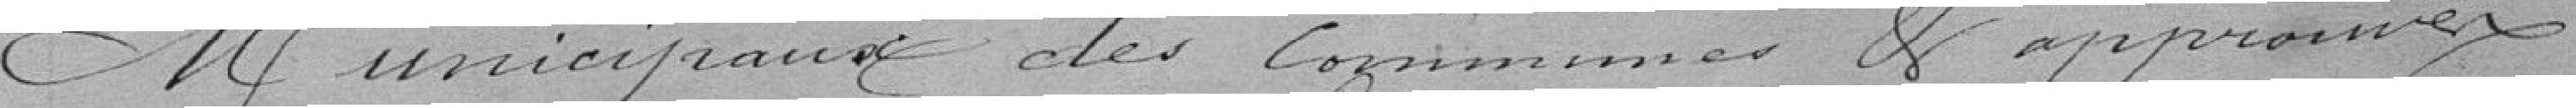
municipaux des communes et approuvées